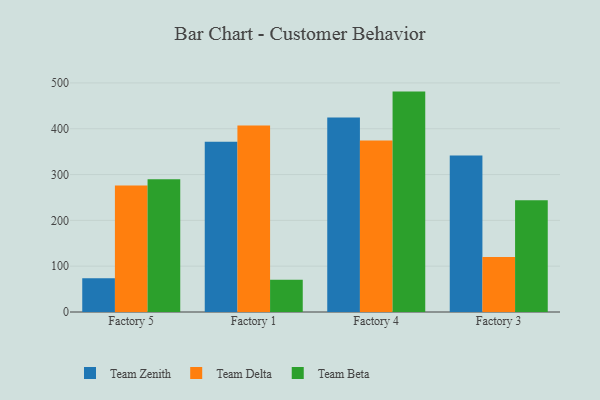
{"axis": {"x": "Factory", "y": "Website Visitors"}, "legend": ["Team Beta", "Team Delta", "Team Zenith"], "data": [{"x": "Factory 5", "y": 73.7, "type": "Team Zenith"}, {"x": "Factory 5", "y": 276.0, "type": "Team Delta"}, {"x": "Factory 5", "y": 290.0, "type": "Team Beta"}, {"x": "Factory 1", "y": 371.8, "type": "Team Zenith"}, {"x": "Factory 1", "y": 406.9, "type": "Team Delta"}, {"x": "Factory 1", "y": 70.4, "type": "Team Beta"}, {"x": "Factory 4", "y": 424.5, "type": "Team Zenith"}, {"x": "Factory 4", "y": 374.1, "type": "Team Delta"}, {"x": "Factory 4", "y": 481.1, "type": "Team Beta"}, {"x": "Factory 3", "y": 341.4, "type": "Team Zenith"}, {"x": "Factory 3", "y": 120.0, "type": "Team Delta"}, {"x": "Factory 3", "y": 243.9, "type": "Team Beta"}]}